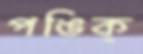
পঙিক্